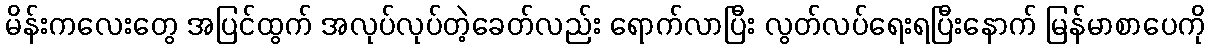
မိန်းကလေးတွေ အပြင်ထွက် အလုပ်လုပ်တဲ့ခေတ်လည်း ရောက်လာပြီး လွတ်လပ်ရေးရပြီးနောက် မြန်မာစာပေကို